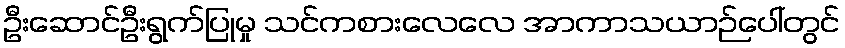
ဦးဆောင်ဦးရွက်ပြုမှု သင်ကစားလေလေ အာကာသယာဉ်ပေါ်တွင်